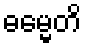
ဓမ္မေတိ